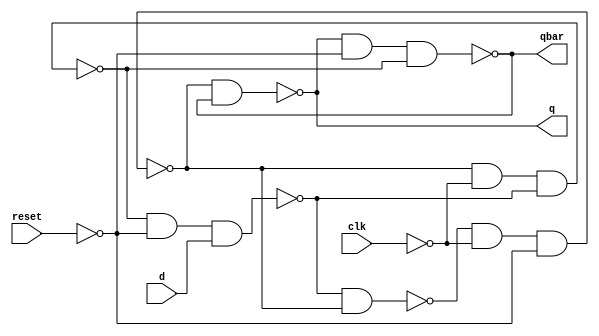
module D_FF (
    output q, qbar,
    input d,
    input clk,
    input reset
);

wire cbar, s, sbar, r, rbar;

assign cbar = ~reset; // reset = clear

assign sbar = ~(rbar & s);
assign s = ~(sbar & ~clk & cbar);
assign r = ~(s & ~clk & rbar);
assign rbar = ~(r & cbar & d);

assign q = ~(s & qbar);
assign qbar = ~(q & cbar & r);
    
endmodule